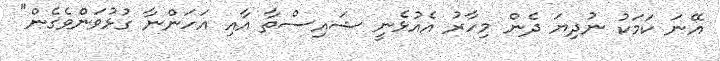
އޭނަ ކަމަކު ނުދިޔަ ދެން މިހާރު އެއުޅެނީ ޝައިސްތާ އާއި އަހަންނާ ގުޅުވަންވެގެން"